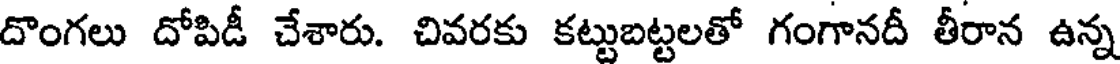
దొంగలు దోపిడీ చేశారు. చివరకు కట్టుబట్టలతో గంగానదీ తీరాన ఉన్న